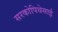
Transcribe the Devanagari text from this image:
सरकोपिथेसाई